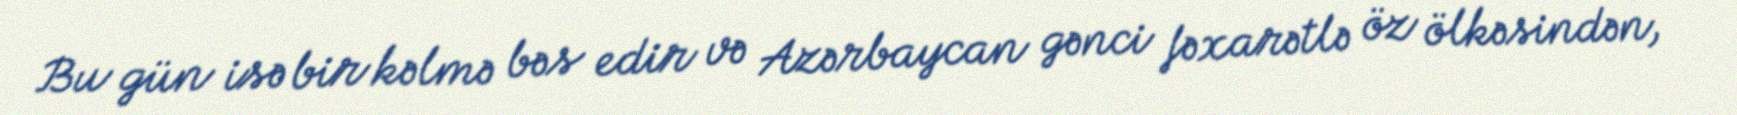
Bu gün isə bir kəlmə bəs edir və Azərbaycan gənci fəxarətlə öz ölkəsindən,